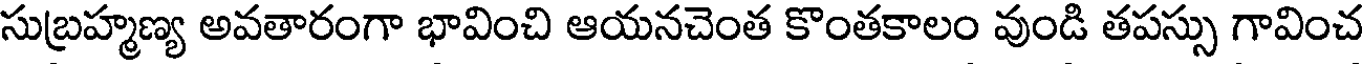
సుబ్రహ్మణ్య అవతారంగా భావించి ఆయనచెంత కొంతకాలం వుండి తపస్సు గావించ